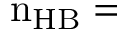
\mathrm { n _ { H B } = }